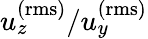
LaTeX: u_{z}^{\mathrm{(rms)}}/u_{y}^{\mathrm{(rms)}}